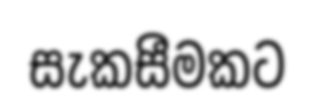
සැකසීමකට